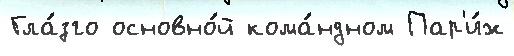
Гла́зго основно́й кома́ндном Пар'и́ж